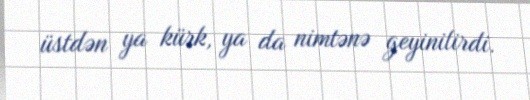
üstdən ya kürk, ya da nimtənə geyinilirdi.